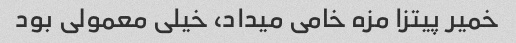
خمیر پیتزا مزه خامی میداد، خیلی معمولی بود